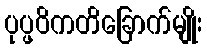
ပုပ္ဖဝိကတိခြောက်မျိုး